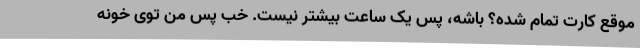
موقع کارت تمام شده؟ باشه، پس یک ساعت بیشتر نیست. خب پس من توی خونه